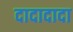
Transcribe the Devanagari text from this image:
दादादादा